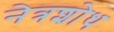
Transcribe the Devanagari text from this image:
नेत्रशोथ